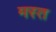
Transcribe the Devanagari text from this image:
मस्‍त